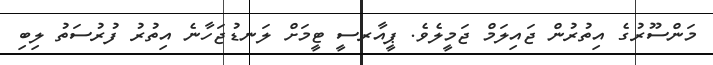
މަންސޫރުގެ އިތުރުން ޖައިލަމް ޖަމީލެވެ. ޕީއާރސީ ޓީމަށް ލަނޑުޖަހާނެ އިތުރު ފުރުސަތު ލިބި